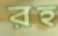
রহ